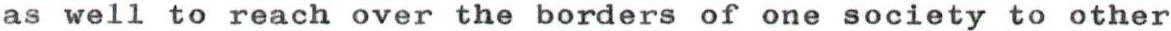
as well to reach over the borders of one society to other